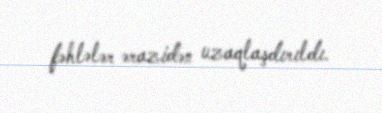
fəhlələr ərazidən uzaqlaşdırıldı.